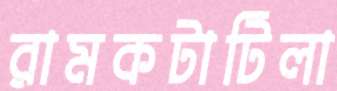
রামকটাটিলা